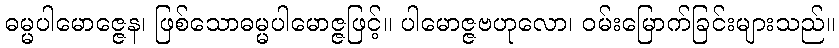
ဓမ္မပါမောဇ္ဇေန၊ ဖြစ်သောဓမ္မပါမောဇ္ဇဖြင့်။ ပါမောဇ္ဇဗဟုလော၊ ဝမ်းမြောက်ခြင်းများသည်။